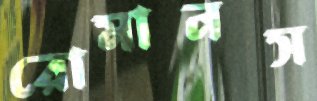
রোমানস